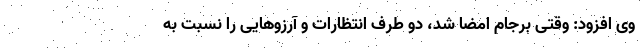
وی افزود: وقتی برجام امضا شد، دو طرف انتظارات و آرزوهایی را نسبت به